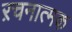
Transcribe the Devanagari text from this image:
ऱचनात्मक